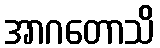
အာဂတောသိ